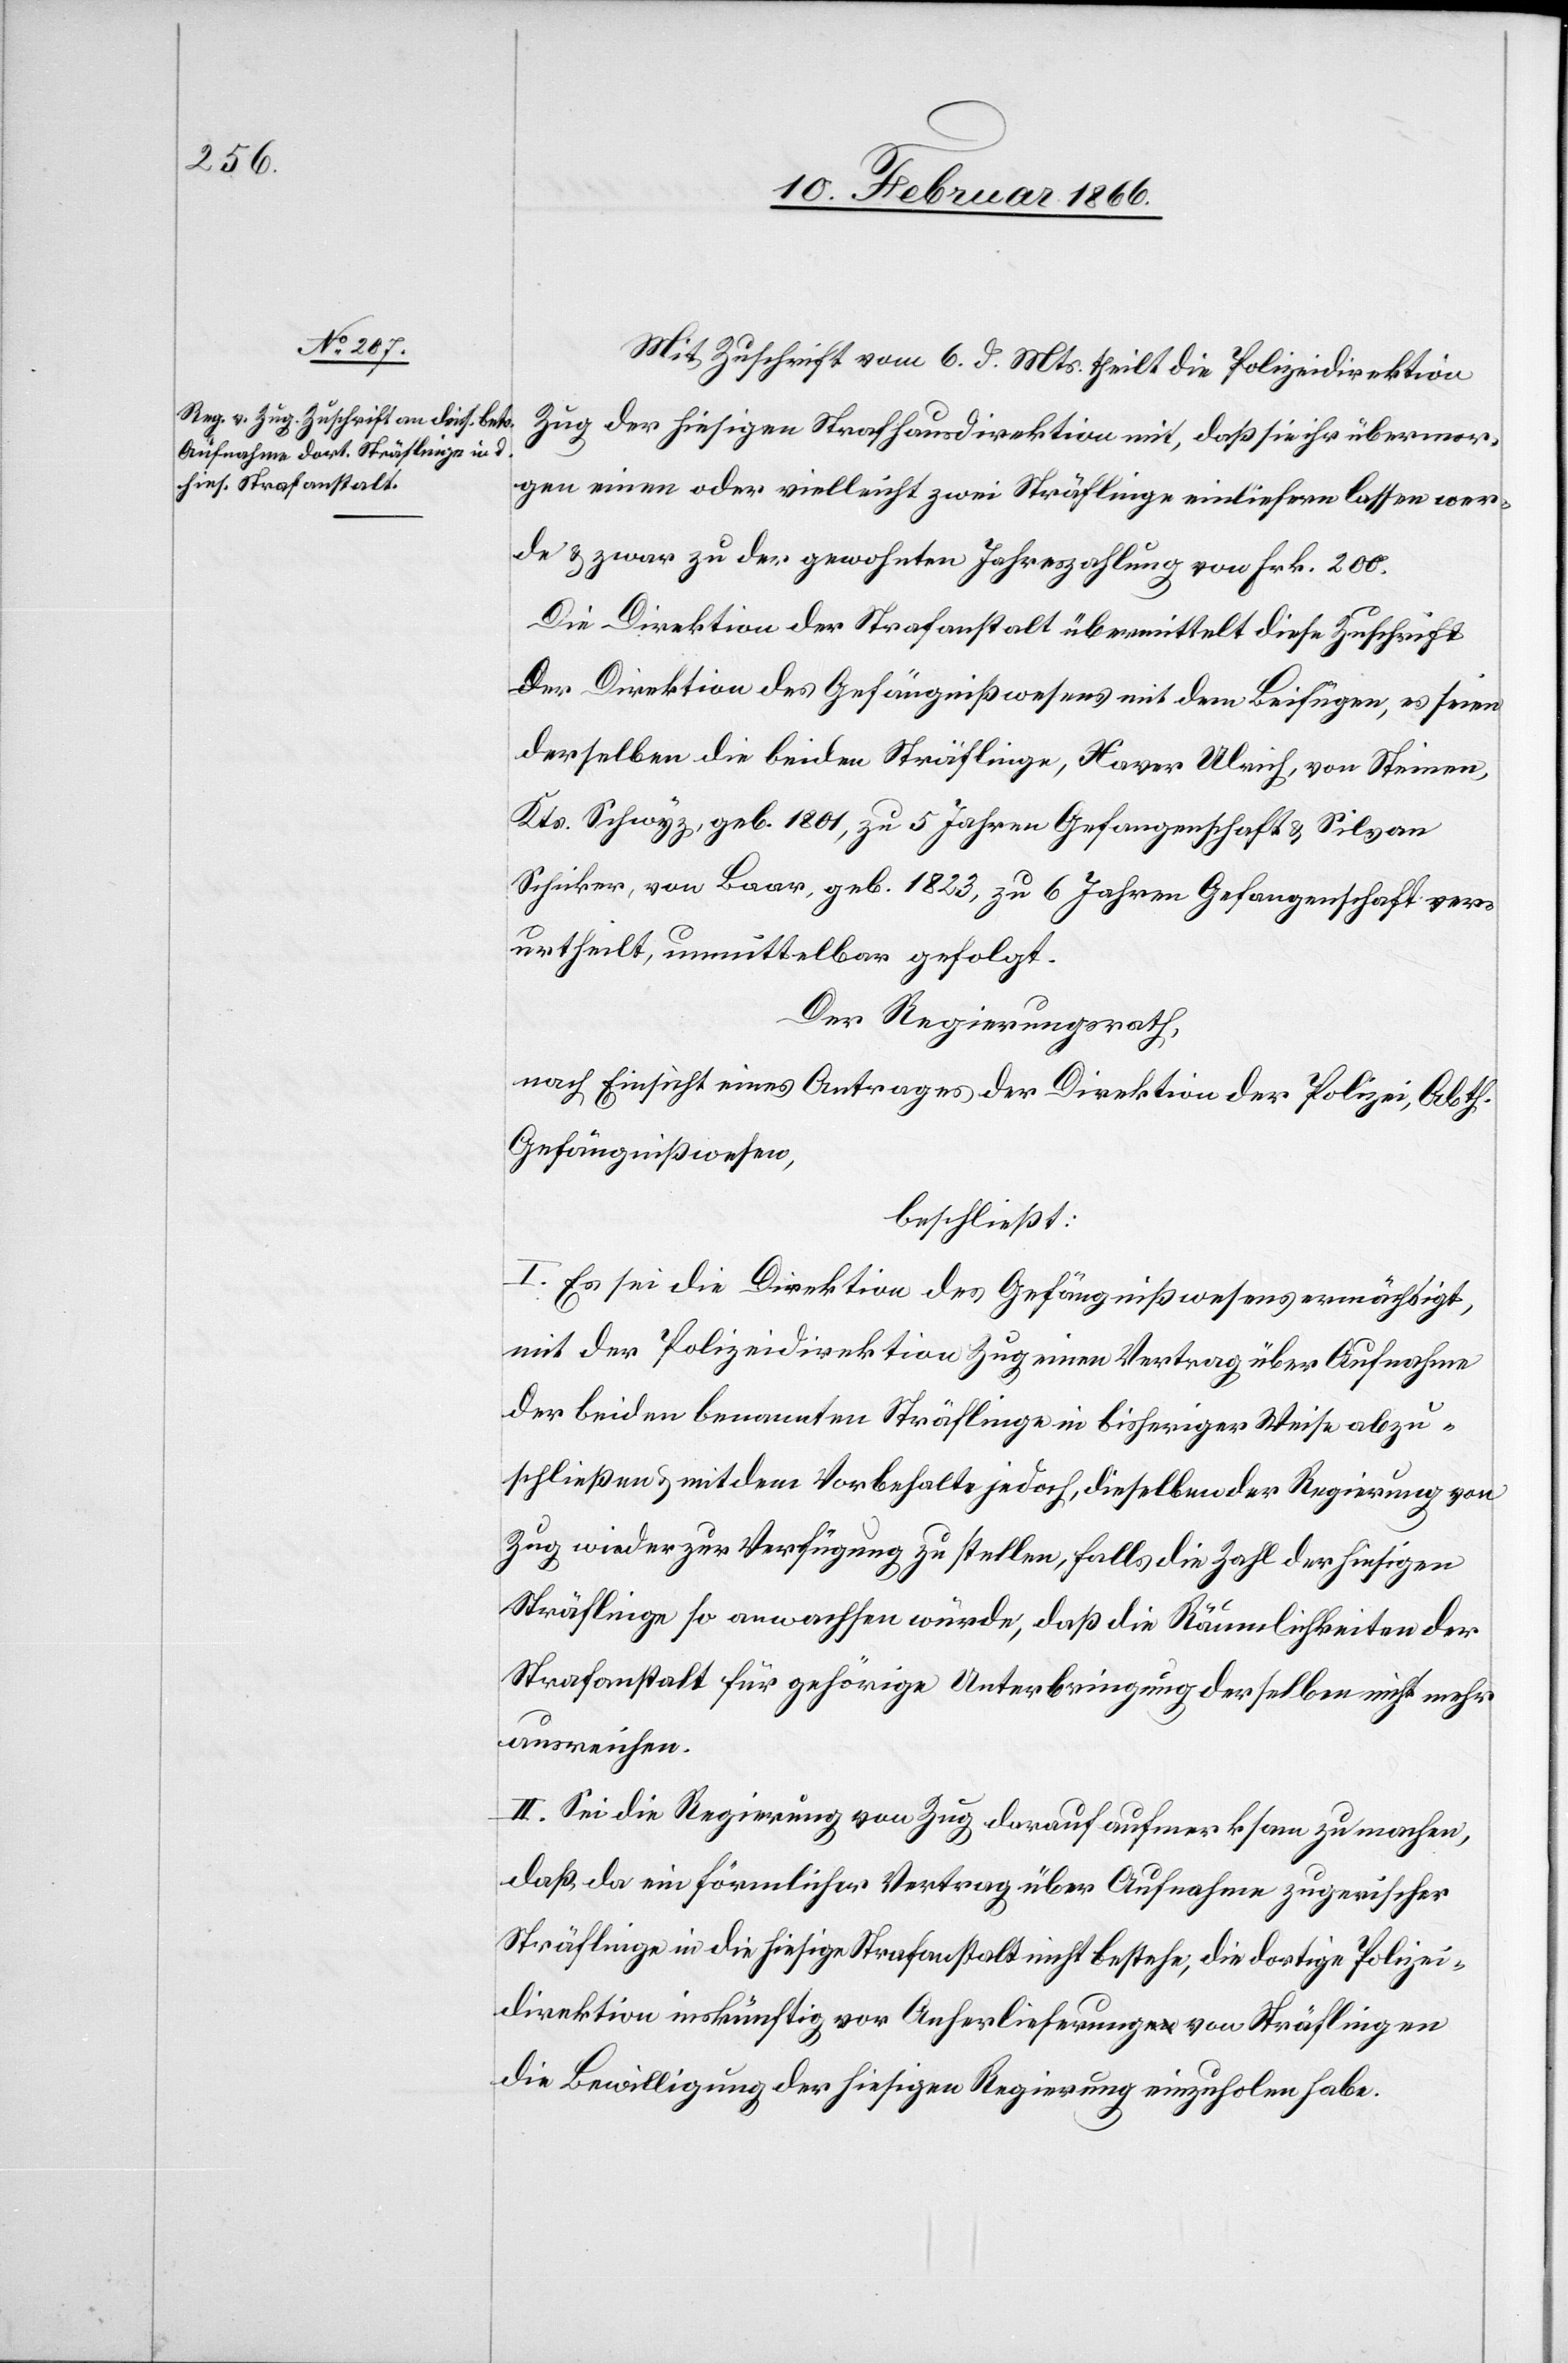
Mit Zuschrift vom 6. d. Mts. theilt die Polizeidirektion
Zug der hiesigen Strafhausdirektion mit, daß sie ihr übermor¬
gen einen oder vielleicht zwei Sträflinge einliefern lassen wer¬
de u. zwar zu der gewohnten Jahreszahlung von Frk. 200.
Die Direktion der Strafanstalt übermittelt diese Zuschrift
der Direktion des Gefängnißwesens mit dem Beifügen, es seien
derselben die beiden Sträflinge, Xaver Ulrich, von Steinen,
Kts. Schwyz, geb. 1801, zu 5 Jahren Gefangenschaft u. Silvan
Schicker, von Baar, geb. 1823, zu 6 Jahren Gefangenschaft ver¬
urtheilt, unmittelbar gefolgt.
Der Regierungsrath,
nach Einsicht eines Antrages der Direktion der Polizei, Abth.
Gefängnißwesen,
beschließt:
I. Es sei die Direktion des Gefängnißwesens ermächtigt,
mit der Polizeidirektion Zug einen Vertrag über Aufnahme
der beiden benannten Sträflinge in bisheriger Weise abzu¬
schließen u. mit dem Vorbehalte jedoch, dieselben der Regierung von
Zug wieder zur Verfügung zu stellen, falls die Zahl der hiesigen
Sträflinge so anwachsen würde, daß die Räumlichkeiten der
Strafanstalt für gehörige Unterbringung derselben nicht mehr
ausreichen.
II. Sei die Regierung von Zug darauf aufmerksam zu machen,
daß da ein förmlicher Vertrag über Aufnahme zugerischer
Sträflinge in die hiesige Strafanstalt nicht bestehe, die dortige Polizei¬
direktion inskünftig vor Anherlieferung von Sträflingen
die Bewilligung der hiesigen Regierung einzuholen habe.